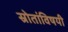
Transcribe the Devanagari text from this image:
स्रोतांविषयी